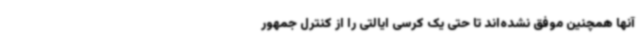
آنها همچنین موفق نشده‌اند تا حتی یک کرسی ایالتی را از کنترل جمهور